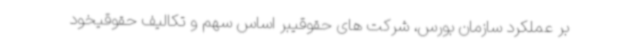
بر عملکرد سازمان بورس، شرکت های حقوقیبر اساس سهم و تکالیف حقوقیخود